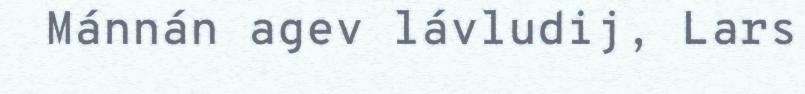
Mánnán agev lávludij, Lars